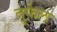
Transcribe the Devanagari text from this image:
तुफेल